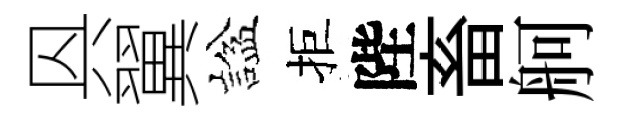
㒷翼諡拒陛畜舸